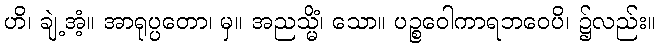
ဟိ၊ ချဲ့အံ့။ အာရုပ္ပတော၊ မှ။ အညသ္မိံ၊ သော။ ပဉ္စဝေါကာရဘဝေပိ၊ ၌လည်း။